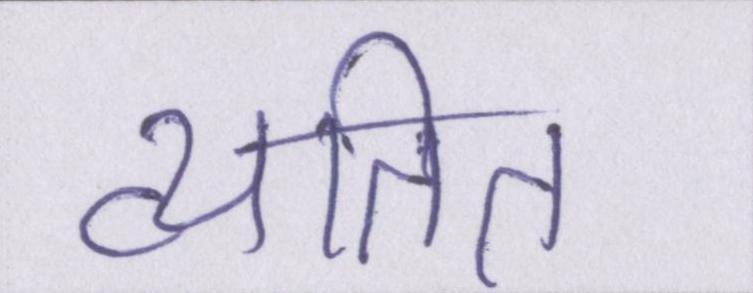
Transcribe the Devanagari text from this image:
व्यतित